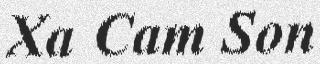
Xa Cam Son